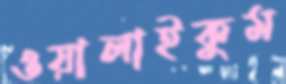
ওয়ালাইকুম